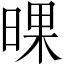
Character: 𣇫